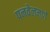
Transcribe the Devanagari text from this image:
पनवेलमार्गे